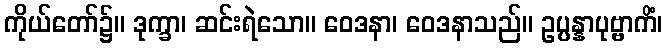
ကိုယ်တော်၌။ ဒုက္ခာ၊ ဆင်းရဲသော။ ဝေဒနာ၊ ဝေဒနာသည်။ ဥပ္ပန္နာပုဗ္ဗာကိံ၊